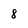
Character: 8